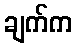
ချက်က